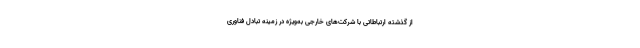
از گذشته ارتباطاتی با شرکت‌های خارجی به‌ویژه در زمینه تبادل فناوری